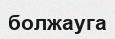
болжауга